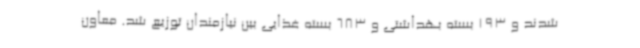
شدند و 193 بسته بهداشتی و 683 بسته غذایی بین نیازمندان توزیع شد. معاون